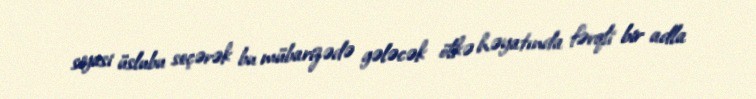
siyasi üslubu seçərək bu mübarizədə gələcək ölkə həyatında fərqli bir adla